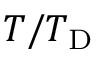
T / T _ { \mathrm { { D } } }